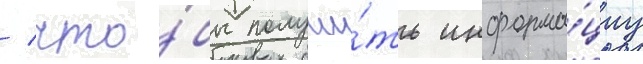
/ что́бы получи́ть информа́циу